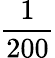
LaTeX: \frac{1}{200}